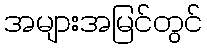
အများအမြင်တွင်